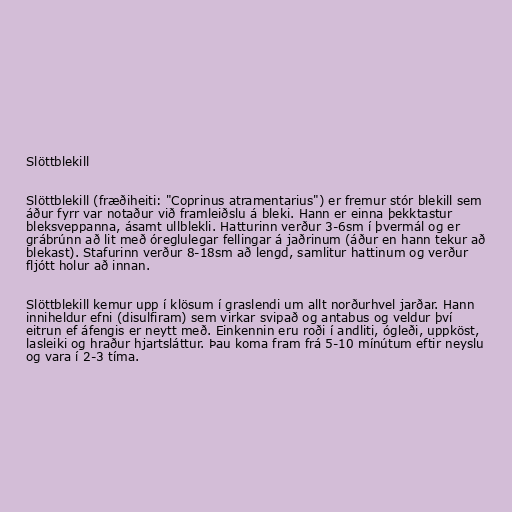
Slöttblekill

Slöttblekill (fræðiheiti: "Coprinus atramentarius") er fremur stór blekill sem
áður fyrr var notaður við framleiðslu á bleki. Hann er einna þekktastur
bleksveppanna, ásamt ullblekli. Hatturinn verður 3-6sm í þvermál og er
grábrúnn að lit með óreglulegar fellingar á jaðrinum (áður en hann tekur að
blekast). Stafurinn verður 8-18sm að lengd, samlitur hattinum og verður
fljótt holur að innan.

Slöttblekill kemur upp í klösum í graslendi um allt norðurhvel jarðar. Hann
inniheldur efni (disulfiram) sem virkar svipað og antabus og veldur því
eitrun ef áfengis er neytt með. Einkennin eru roði í andliti, ógleði, uppköst,
lasleiki og hraður hjartsláttur. Þau koma fram frá 5-10 mínútum eftir neyslu
og vara í 2-3 tíma.